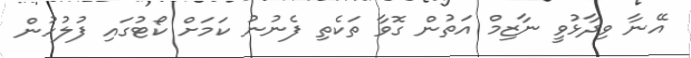
އޭނާ ވިދާޅުވީ ނާޒިމް އަތުން ގޮވާ ތަކެތި ފެނުނު ކަމަށް ކޯޓުގައި ފުލުހުން